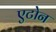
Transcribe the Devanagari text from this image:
एटोन